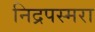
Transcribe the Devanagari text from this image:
निद्रपस्मरा